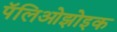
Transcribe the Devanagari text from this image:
पॅलिओझोइक